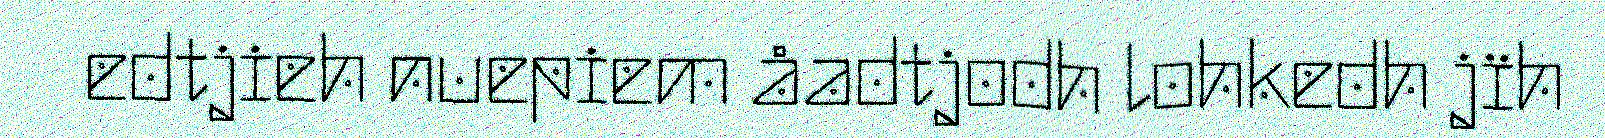
edtjieh nuepiem åadtjodh lohkedh jïh